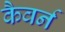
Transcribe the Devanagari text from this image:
कैवर्न